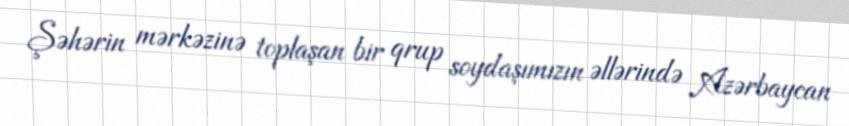
Şəhərin mərkəzinə toplaşan bir qrup soydaşımızın əllərində Azərbaycan